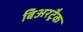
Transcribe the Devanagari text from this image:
बिअरट्रैक